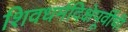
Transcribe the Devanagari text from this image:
शिवधर्मदिक्षेपूर्वीची